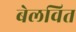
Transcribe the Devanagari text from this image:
बेलवित